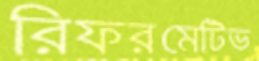
রিফরমেটিভ